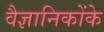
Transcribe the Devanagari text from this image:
वैज्ञानिकोंके